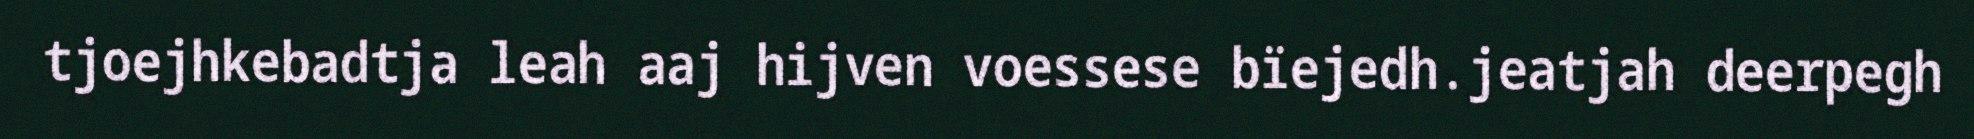
tjoejhkebadtja leah aaj hijven voessese bïejedh.jeatjah deerpegh